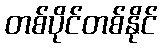
တစ်ပိုင်တစ်နိုင်